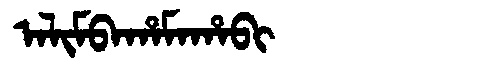
Manchu: ᠠᠯᡳᠮᠪᠠᡥᠠᠮᠠᡥᠠᠪᡳ
Romanization: ALIMBAHAMAHABI